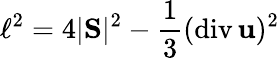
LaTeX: \ell^{2}=4|\mathrm{\mathbf S}|^{2}-\frac{1}{3}(\mathrm{div}\, {\mathbf u})^{2}